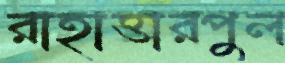
রাহাত্তারপুল